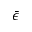
\bar { \epsilon }